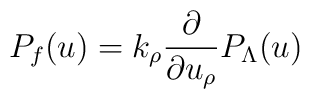
P_f(u)=k_{\rho}{\partial\over\partial u_{\rho}}P_{\Lambda}(u)